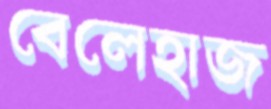
বেলেহাজ